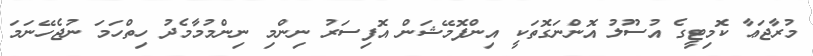
މުރާޖަޢާ ކޮމިޓީގެ އުސޫލު އޮންނަގޮތަކީ އިންފޮމޭޝަން އޮފިސަރު ނިންމި ނިންމުމާމެދު ހިތްހަމަ ނުޖެހޭނަމަ